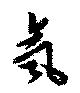
気